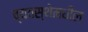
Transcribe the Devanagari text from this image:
व्यवस्थेमधील